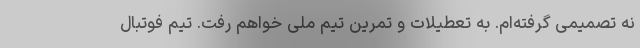
نه تصمیمی گرفته‌ام. به تعطیلات و تمرین تیم ملی خواهم رفت. تیم فوتبال